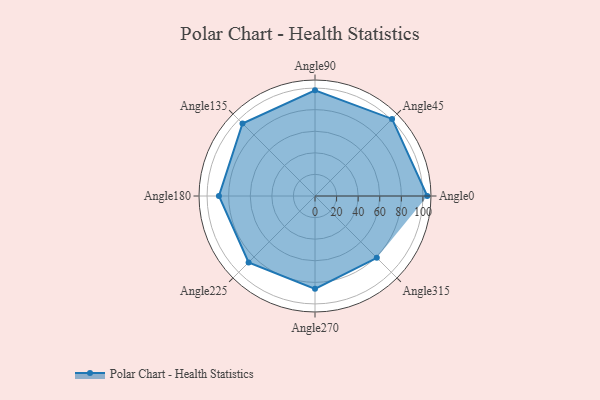
{"axis": {"x": "Angle", "y": "Radius"}, "legend": [""], "data": [{"x": "Angle0", "y": 104.0, "type": ""}, {"x": "Angle45", "y": 101.0, "type": ""}, {"x": "Angle90", "y": 98.0, "type": ""}, {"x": "Angle135", "y": 95.0, "type": ""}, {"x": "Angle180", "y": 89.0, "type": ""}, {"x": "Angle225", "y": 87.0, "type": ""}, {"x": "Angle270", "y": 86.0, "type": ""}, {"x": "Angle315", "y": 81.0, "type": ""}]}